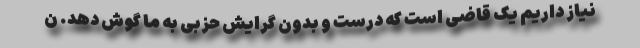
نیاز داریم یک قاضی است که درست و بدون گرایش حزبی به ما گوش دهد. ن